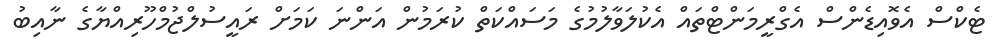
ޓެކްސް އެވޮއިޑެންސް އެގްރީމަންޓްތައް އެކުލަވާލުމުގެ މަސައްކަތް ކުރަމުން އަންނަ ކަމަށް ރައީސުލްޖުމްހޫރިއްޔާގެ ނާއިބު